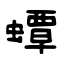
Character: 蟫